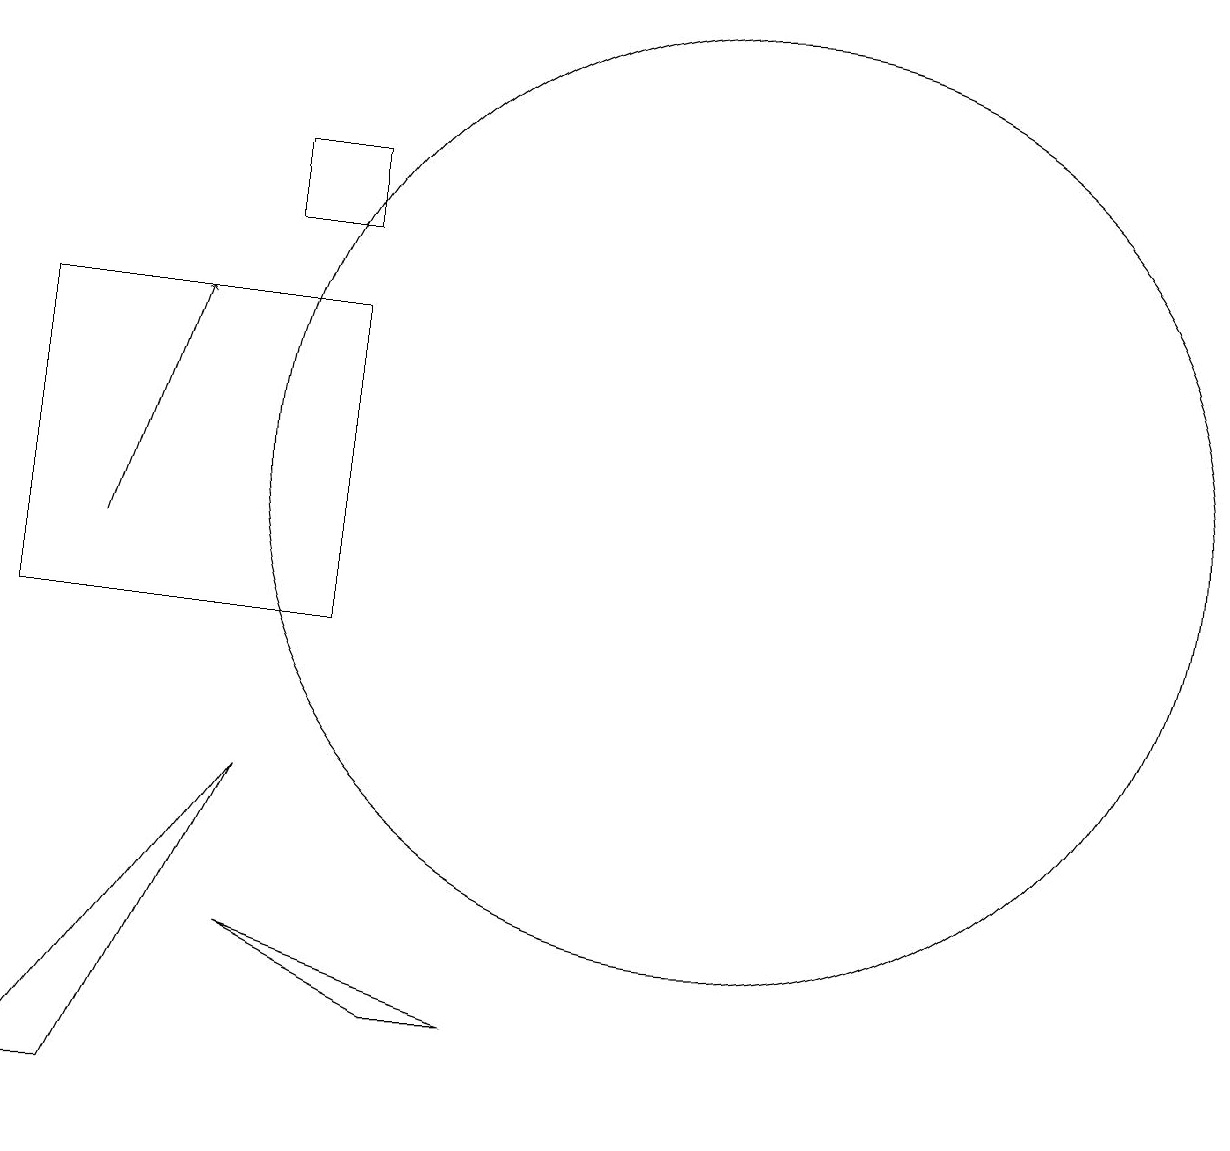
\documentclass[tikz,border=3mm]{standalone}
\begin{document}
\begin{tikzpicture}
\draw (4,6) -- (7,5) -- (6,5) -- cycle;
\draw (1,10) rectangle (5,14);
\draw (5,15) rectangle (4,16);
\draw[->] (2,11) -- (3,14);
\draw (10,12) circle (6);
\draw (1,4) -- (4,8) -- (2,4) -- cycle;
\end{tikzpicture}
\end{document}